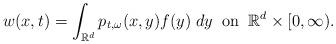
LaTeX: \begin{align*}w(x,t)=\int_{\mathbb{R}^d}p_{t,\omega}(x,y)f(y)\;dy\;\;\textrm{on}\;\;\mathbb{R}^d\times[0,\infty).\end{align*}